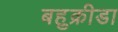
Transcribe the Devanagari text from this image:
बहुक्रीडा